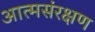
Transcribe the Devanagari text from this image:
आत्मसंरक्षण